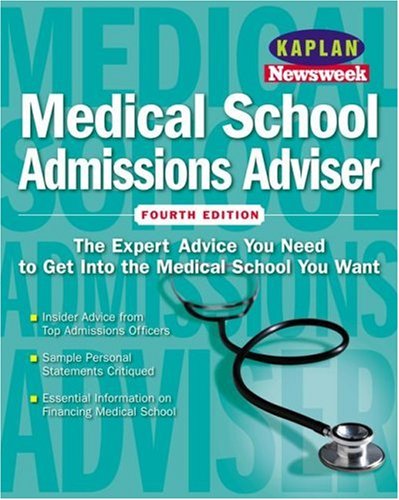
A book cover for Kaplan/Newsweek Medical School Admissions Adviser, Fourth Edition (Get Into Medical School); Maria Lofftus; Education & Teaching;